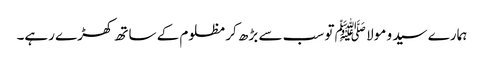
ہمارے سید و مولا ﷺ تو سب سے بڑھ کر مظلوم کے ساتھ کھڑے رہے۔